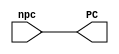
// Class: CSCI 401 Computer Architecture
// Term: Fall2023
//Name: Hector Alba

module pc_mod (
    output reg [31:0] PC,       //Output of pc_mod
    input wire [31:0] npc       //Input of pc_mod
    );

    initial begin
        PC <= 0;
    end
    always @ (npc) begin
        #1 PC <= npc;
    end

endmodule //pc_mod